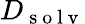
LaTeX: D_{\mathrm{~s~o~l~v~}}